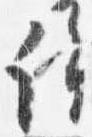
許